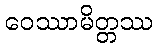
ဝေဿာမိတ္တဿ